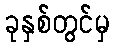
ခုနှစ်တွင်မှ